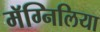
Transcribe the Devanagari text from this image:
मॅग्निलिया